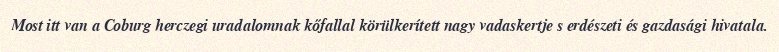
Most itt van a Coburg herczegi uradalomnak kőfallal körülkerített nagy vadaskertje s erdészeti és gazdasági hivatala.